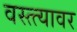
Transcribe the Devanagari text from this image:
वस्त्त्यावर